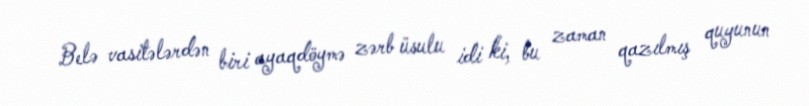
Belə vasitələrdən biri ayaqdöymə zərb üsulu idi ki, bu zaman qazılmış quyunun